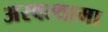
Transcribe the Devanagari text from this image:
अस्वत्थामा